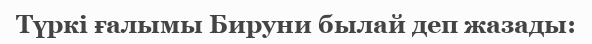
Түркі ғалымы Бируни былай деп жазады: